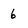
Character: 6